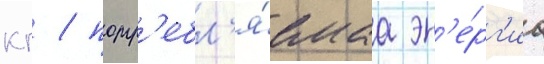
кг / потр'ебл'я́емаа эн'е́рг'иа